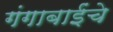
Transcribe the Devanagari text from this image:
गंगाबाईंचे